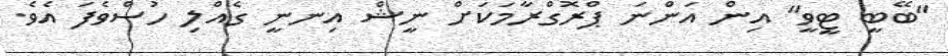
"ބޭބީ ޓީވީ" އިން އަންނަ ޕްރޮގްރާމަކަށް ނީޝް އިނނީ ގެއްލި ހުސްވެފަ އެވެ.